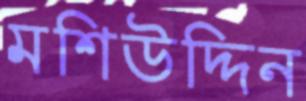
মশিউদ্দিন